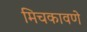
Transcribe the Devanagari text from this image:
मिचकावणे